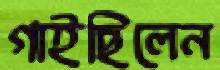
গাইছিলেন